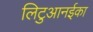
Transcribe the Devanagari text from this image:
लिटुआनईका